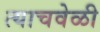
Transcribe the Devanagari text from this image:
त्‍याचवेळी